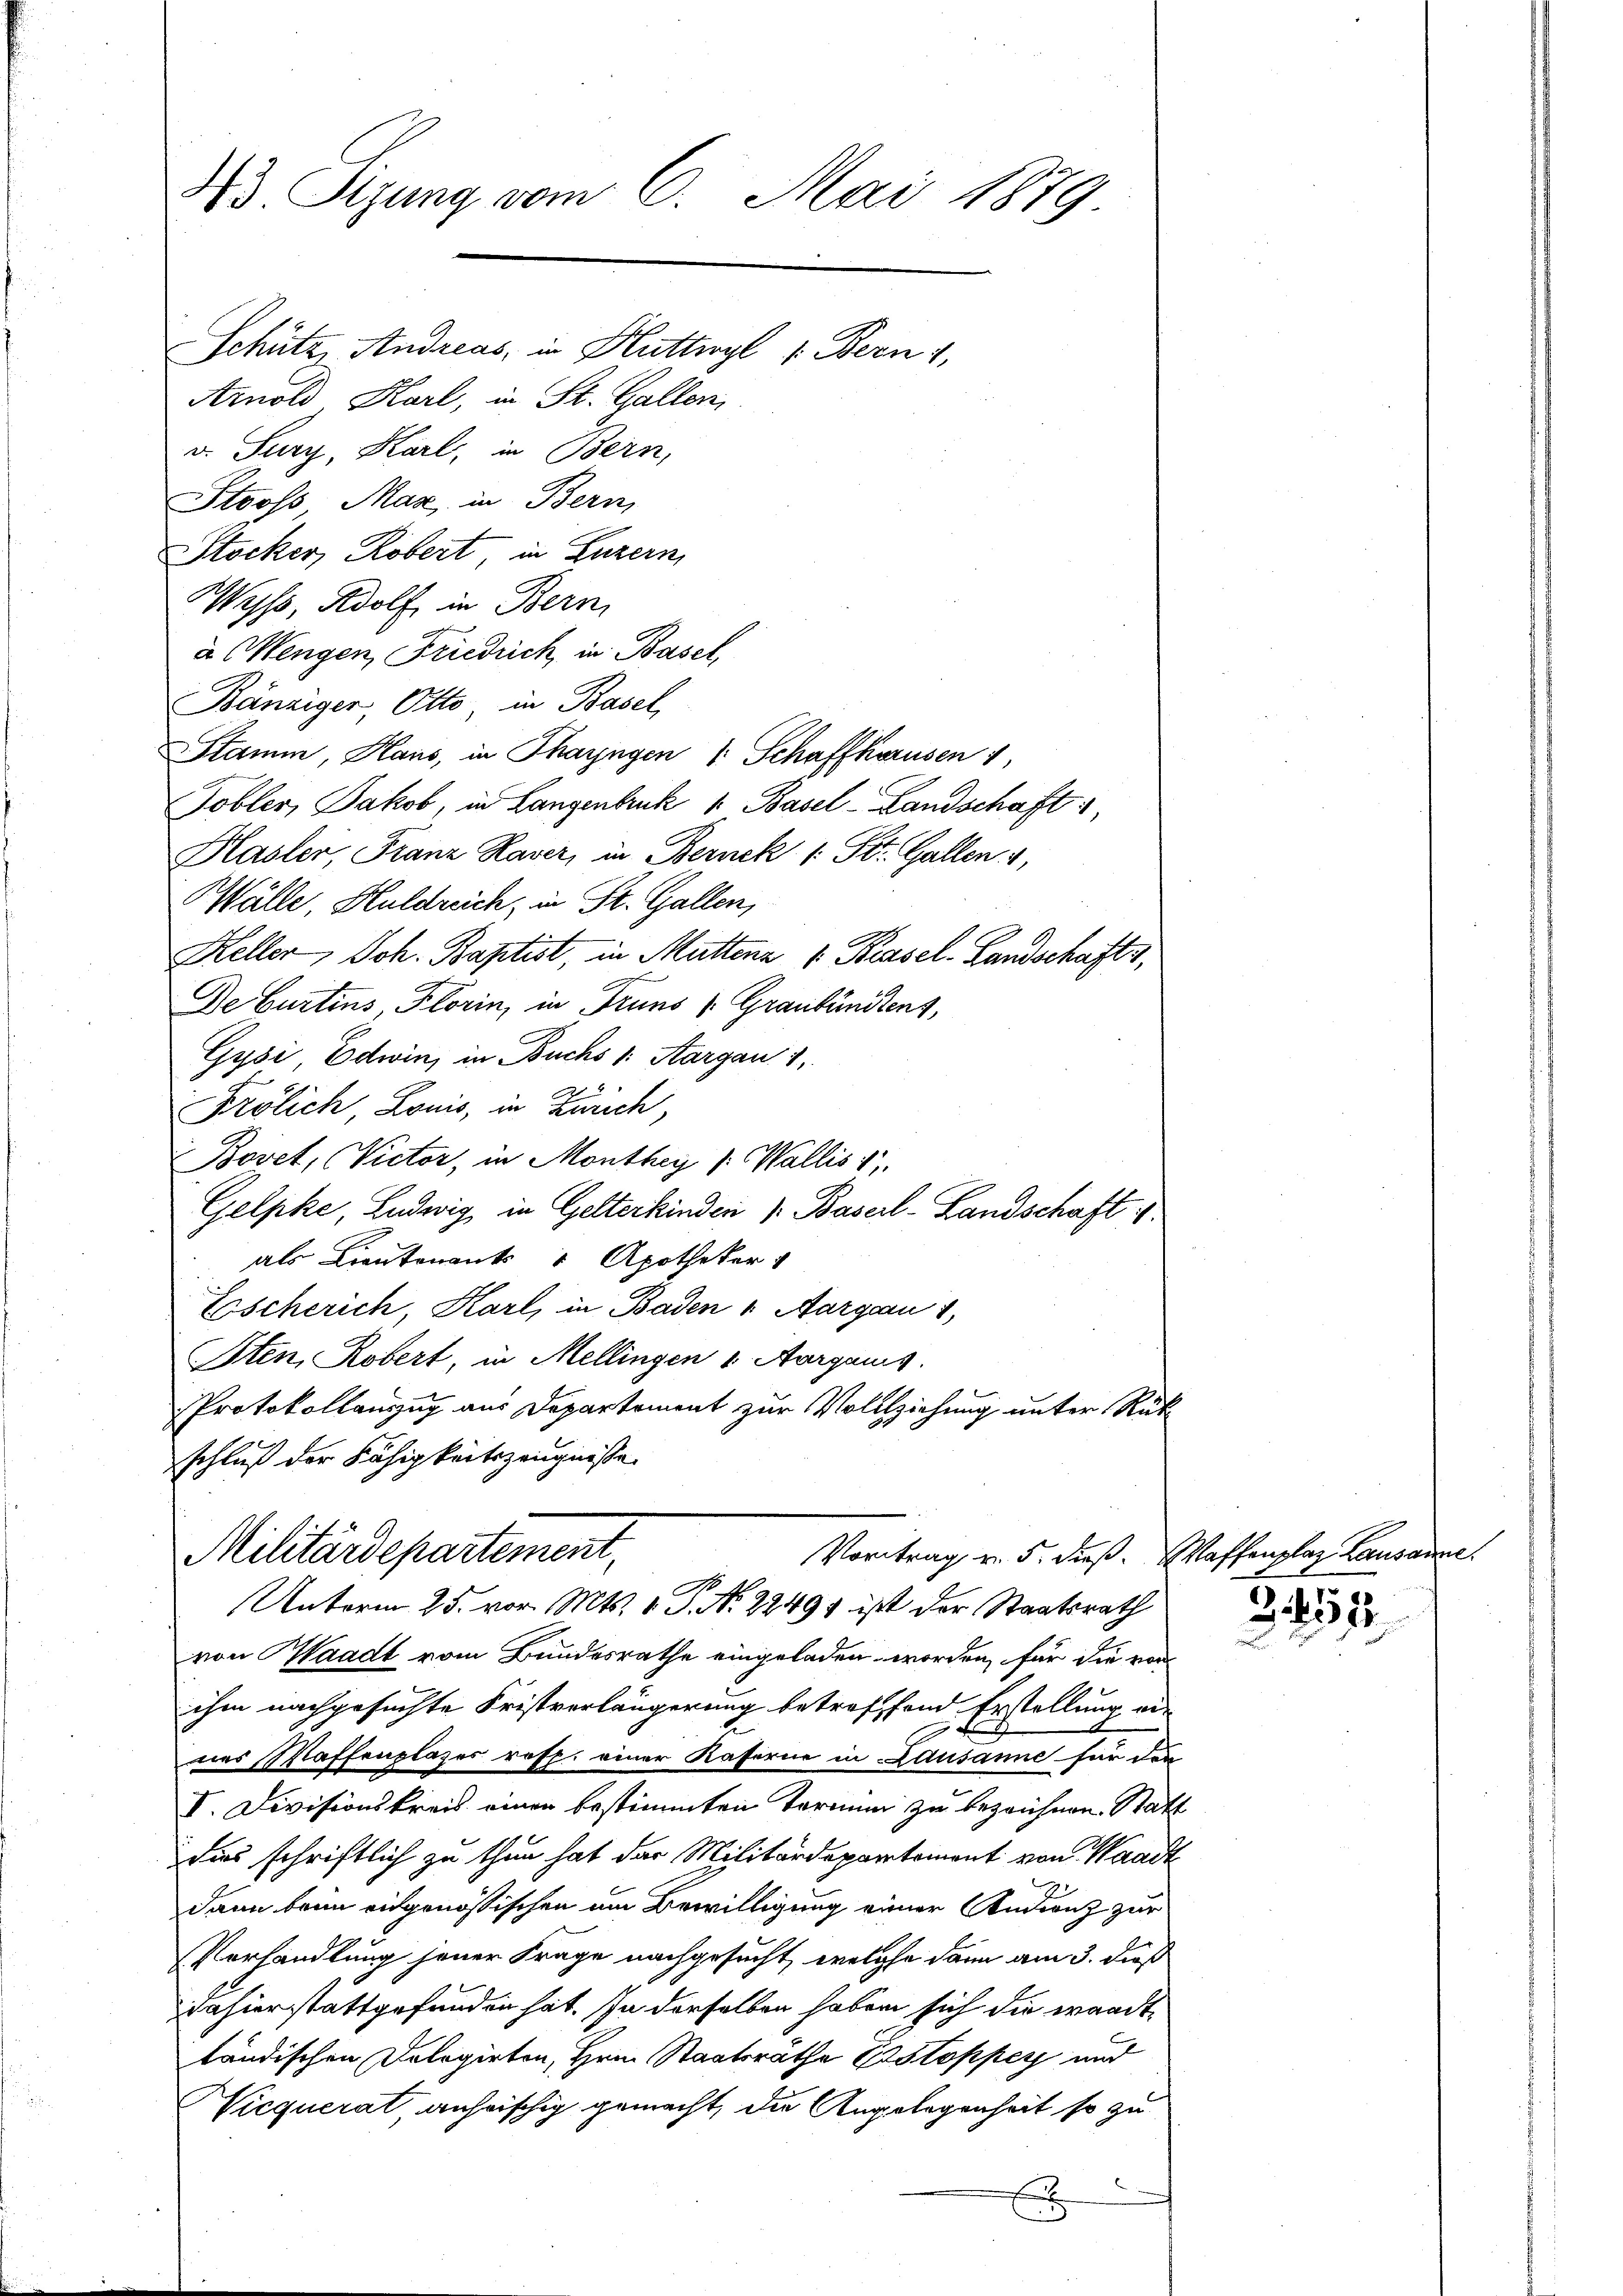
43. Sizung vom 6. Mai 1879
Schütz, Andreas, in Huttwyl 1. Bern 1,
Arnold Karl, in St. Gallen,
v. Sury, Karl, in Bern,
Stooss Maz, in Bern,

Stocker, Robert, in Luzern,
Wyss, Adolf in Bern
à Wengen, Friedrich, in Basel,
Bänziger Otto in Basel,
Stamm, Haus, in Thayngen (: Schaffhausen 1
Tobler, Jakob, in Langenbruck 1. Basel-Landschaft
Hasler, Franz Raver, in Berneck (: St. Gallen 4,
Wälle Huldreich, in St. Gallen,
Keller, Joh. Baptist, in Muttenz v Kessel-Landschaft,
De Curtins, Florin, in Truns (Graubündtens,
Gysi Edwin, in Buchs v. Aargau 1.
Frölich Louis, in Zürich
Bovet, Victor, in Monthey ( Wallis 1
Gelpke Ludwig in Gelterkinden /: Basel-Landschaft i
als Lieutenants Apotheker
Escherich, Karl, in Baden v. Aargau 1,
Iten, Robert, in Mellingen v. Aargauis
Protokollauszug aus Departement zur Vollziehung unter Rükschluß der Fähigkeitszeugnisse

Vortrag v. 5. dieß. Waffenplaz Lausanne.
Militärdepartement,
M. H
Unterm 25. vor. Mts. 1. J. N. 2249 ist der Staatsrath

von Waadt vom Bundesrathe eingeladen worden, für die von
ihm nachgesuchte Fristverlängerung betreffend Erstellung ein
nes Waffenplazer roff einer Kaserne in Lausanne für den
I. Divisionskreis einer bestimmten Termin zu bezeichnen. Statt
Dies schriftlich zu thun hat das Militärdepartement von Waadt
dann beim eidgenössischen im Bewilligung einer Indienz zur
Verhandlung jener Frage nachgesucht, welche dann am 3. daß
dahierstattgefunden hat. In derselben haben sich die wandttändischen Dolegirten, Hrn. Staatsrathe Erstopper und
Nicquerat anheischig gemacht, die Angelegenheit so zu
E

32